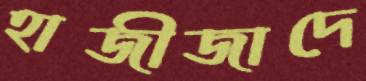
হাজীজাদে